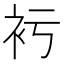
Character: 𧘚